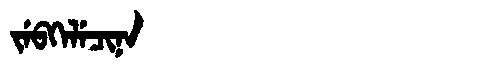
Manchu: ᠵᡝᠪᡴᡝᠯᡝᠴᡳᠨᠠ
Romanization: JEBKELECINA